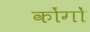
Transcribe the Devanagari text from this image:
कोंगों